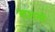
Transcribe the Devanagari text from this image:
स्टशनों